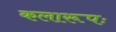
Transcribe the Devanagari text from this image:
कलारूपः